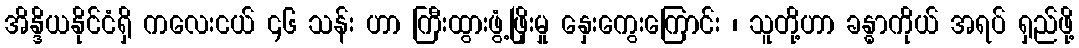
အိန္ဒိယနိုင်ငံရှိ ကလေးငယ် ၄၆ သန်း ဟာ ကြီးထွားဖွံ့ဖြိုးမှု နှေးကွေးကြောင်း ၊ သူတို့ဟာ ခန္ဓာကိုယ် အရပ် ရှည်ဖို့